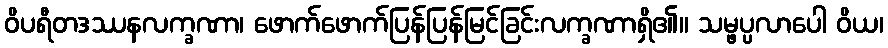
ဝိပရီတဒဿနလက္ခဏာ၊ ဖောက်ဖောက်ပြန်ပြန်မြင်ခြင်းလက္ခဏာရှိ၏။ သမ္ဖပ္ပလာပေါ ဝိယ၊